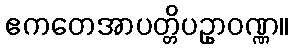
ဧကတေအာပတ္တိပဥှာဝဏ္ဏ။